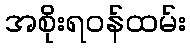
အစိုးရဝန်ထမ်း